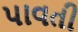
પાવતી